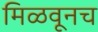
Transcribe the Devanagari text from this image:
मिळवूनच